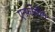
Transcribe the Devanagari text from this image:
एन्फ़ोर्समेंट